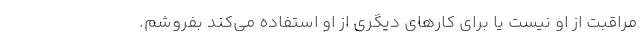
مراقبت از او نیست یا برای کارهای دیگری از او استفاده می‌کند بفروشم.